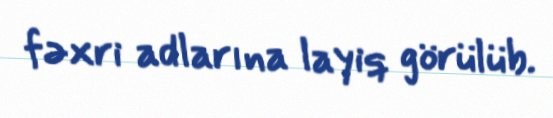
fəxri adlarına layiq görülüb.